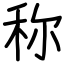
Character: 称